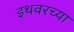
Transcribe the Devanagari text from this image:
इथवरच्या